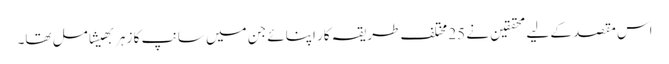
اس مقصد کے لیے محققین نے 25 مختلف طریقہ کار اپنائے جن میں سانپ کا زہر بھیشامل تھا۔